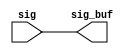
module iob_jbi_rptr_0 (/*AUTOARG*/
   // Outputs
   sig_buf, 
   // Inputs
   sig
   );

// this repeater has 164 bits

output  [163:0] sig_buf;
input   [163:0] sig;


assign  sig_buf  = sig;




endmodule